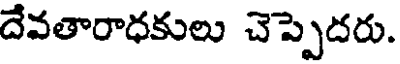
దేవతారాధకులు చెప్పెదరు.